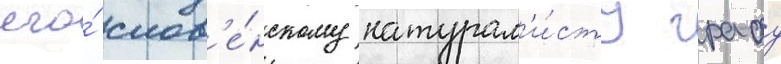
его́ слов'е́нскому натурал'и́сту графу